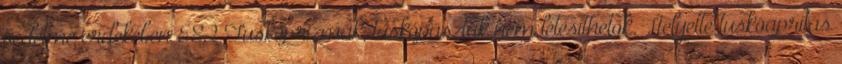
védelme érdekében E82 Tuskóprizmák, tuskópászták nem létesíthetők. Helyette tuskóaprítás